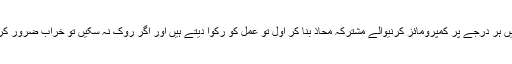
ہر شعبے میں ہر درجے پر کمپرومائز کرنیوالے مشترکہ محاذ بنا کر اول تو عمل کو رکوا دیتے ہیں اور اگر روک نہ سکیں تو خراب ضرور کر دیتے ہیں ۔